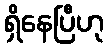
ရှိနေပြီဟု